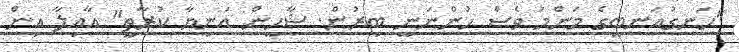
"ހަނގުއަނބީގެ މަންމަ ވެސް ހުންނަނީ ބިރުން. ޝާހީން އަނިޔާ ކުރާތީ" އާއިލާ އިން